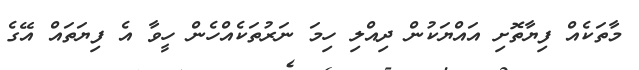
މާތަކެއް ފިޔާތޮށި އައްޔަކުން ދިއްލި ހިމަ ނަރުތަކެއްހެން ހީވާ އެ ފިޔަތައް އޭގެ